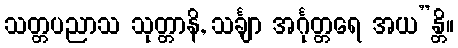
သတ္တပညာသ သုတ္တာနိ, သင်္ချာ အင်္ဂုတ္တရေ အယ”န္တိ။